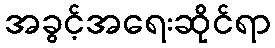
အခွင့်အရေးဆိုင်ရာ